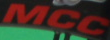
MCC